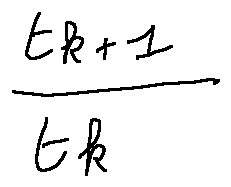
\frac { t _ { k + 1 } } { t _ { k } }